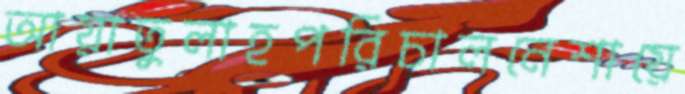
আয়াতুলাহপরিচালনেশায়ে